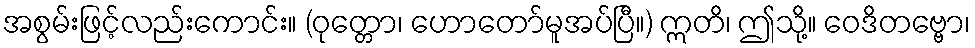
အစွမ်းဖြင့်လည်းကောင်း။ (ဝုတ္တော၊ ဟောတော်မူအပ်ပြီ။) ဣတိ၊ ဤသို့။ ဝေဒိတဗ္ဗော၊